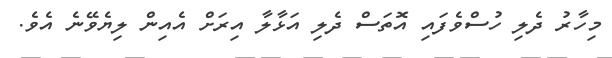
މިހާރު ދެލި ހުސްވެފައި އޮތަސް ދެލި އަޅާލާ އިރަށް އެއިން ލިޔެވޭނެ އެވެ.